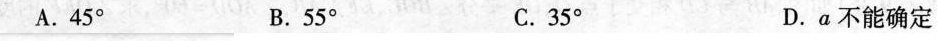
A.45° B.55° C.35° D.a不能确定